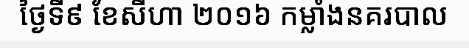
ថ្ងៃទី៩ ខែសីហា ២០១៦ កម្លាំងនគរបាល